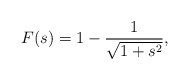
\begin{align*}F(s) = 1 - \frac{1}{\sqrt{1+s^2}},\end{align*}